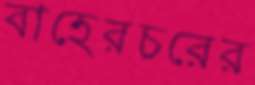
বাহেরচরের